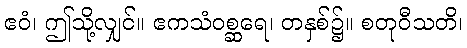
ဧဝံ၊ ဤသို့လျှင်။ ဧကသံဝစ္ဆရေ၊ တနှစ်၌။ စတုဝီသတိ၊